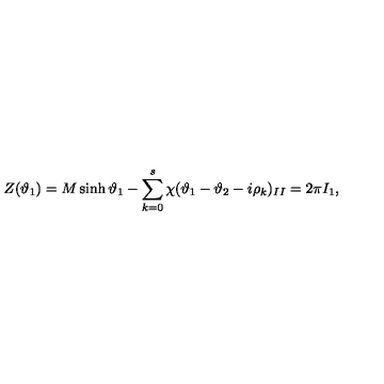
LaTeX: Z ( \vartheta _ { 1 } ) = M \sinh \vartheta _ { 1 } - \sum _ { k = 0 } ^ { s } \chi ( \vartheta _ { 1 } - \vartheta _ { 2 } - i \rho _ { k } ) _ { I I } = 2 \pi I _ { 1 } ,